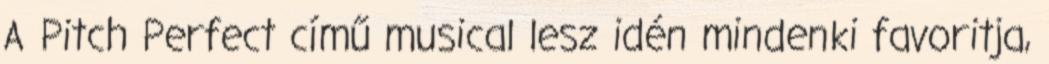
A Pitch Perfect című musical lesz idén mindenki favoritja,